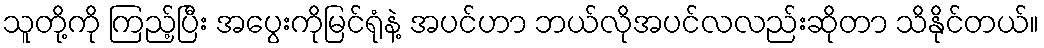
သူတို့ကို ကြည့်ပြီး အပွေးကိုမြင်ရုံနဲ့ အပင်ဟာ ဘယ်လိုအပင်လလည်းဆိုတာ သိနိုင်တယ်။